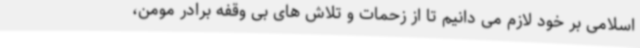
اسلامی بر خود لازم می دانیم تا از زحمات و تلاش های بی وقفه برادر مومن،